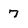
Character: 7